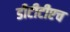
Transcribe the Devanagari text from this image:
डीटीटीएच